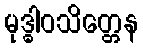
မုဒ္ဓါဝသိတ္တေန